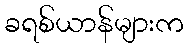
ခရစ်ယာန်များက